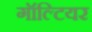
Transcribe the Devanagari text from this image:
गॉल्टियर